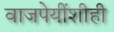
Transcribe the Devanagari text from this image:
वाजपेयींशीही